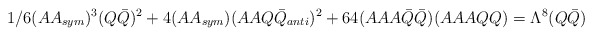
\begin{align*}1/6 (AA_{sym})^3 (Q{\bar Q})^2 + 4 (AA_{sym})(AAQ{\bar Q}_{anti})^2 + 64 (AAA{\bar Q}{\bar Q}) (AAAQQ) =\Lambda^{8}(Q{\bar Q})\end{align*}